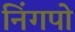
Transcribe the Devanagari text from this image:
निंगपो